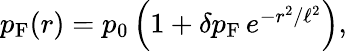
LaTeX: \begin{array}{r}{p_{\mathrm{F}}(r)=p_{0}\left(1+\delta p_{\mathrm{F}}\, e^{-r^{2}/\ell^{2}}\right),}\end{array}